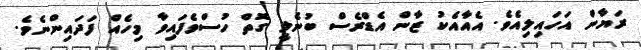
ރަޔާން އަހައިލިއެވެ. އެއާއެކު ޒާން އެޑްރެސް ބުނެލީ ގޮތް ހުސްވެފައިވާ މިހެއް ފަދައިންނެވެ.